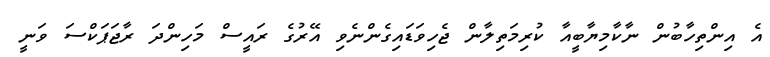
އެ އިންތިހާބުން ނާކާމިޔާބީއާ ކުރިމަތިލާން ޖެހިވަޑައިގެންނެވި އޭރުގެ ރައީސް މަހިންދަ ރާޖަޕަކްސަ ވަނީ